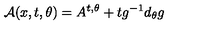
{ \cal A } ( x , t , \theta ) = A ^ { t , \theta } + t g ^ { - 1 } d _ { \theta } g